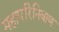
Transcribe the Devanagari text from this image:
महापरिनिबाण